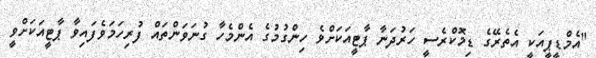
"އެމްޑީޕީއަކީ އެތެރޭގެ ޑިމޮކްރެސީ ހަރުދަނާ ޕާޓީއަކަށްވެ ހިންގުމުގެ އެންމެހާ ގުނަވަންތައް ފުރިހަމަވެފައިވާ ޕާޓީއަކަށްވީ